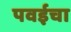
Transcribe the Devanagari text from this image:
पवईचा